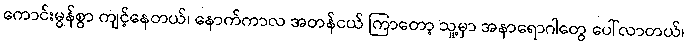
ကောင်းမွန်စွာ ကျင့်နေတယ်၊ နောက်ကာလ အတန်ငယ် ကြာတော့ သူ့မှာ အနာရောဂါတွေ ပေါ်လာတယ်၊